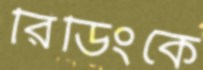
রিডিংকে